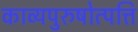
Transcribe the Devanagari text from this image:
काव्यपुरुषोत्पत्ति